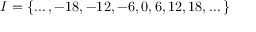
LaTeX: I = \{ \dots , - 1 8 , - 1 2 , - 6 , 0 , 6 , 1 2 , 1 8 , \dots \}